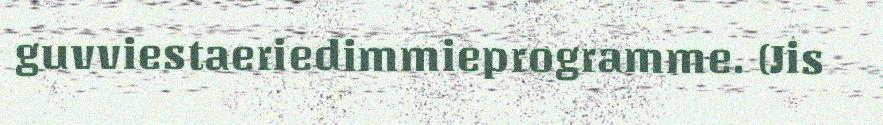
guvviestaeriedimmieprogramme. (Jis